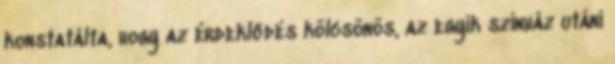
konstatálta, hogy az érdeklődés kölcsönös, az egyik színház utáni